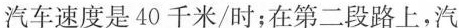
汽车速度是40千米/时；在第二段路上，汽